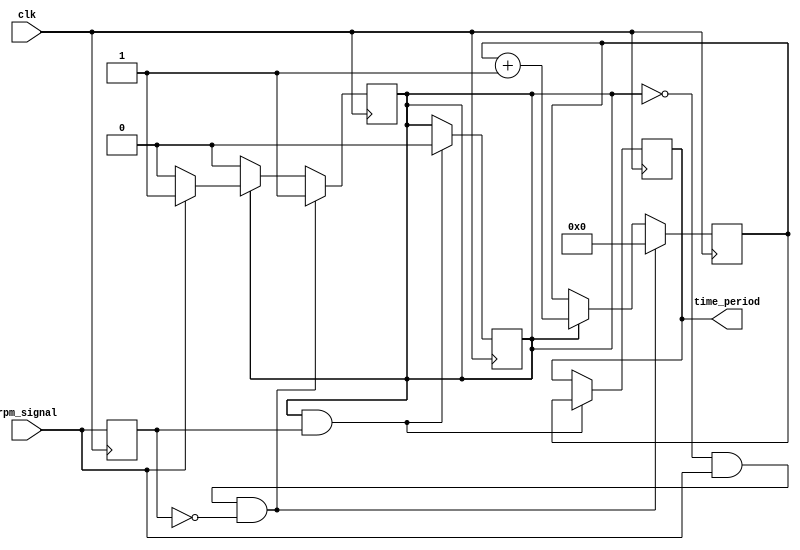
module RPM_Measurement(
    input wire clk,       
    input wire rpm_signal,
    output reg [31:0] time_period 
);
reg rpm_signal_prev;
reg counting;
reg [31:0] count;
always @(posedge clk) begin
    rpm_signal_prev <= rpm_signal;
    if (!counting && rpm_signal && !rpm_signal_prev) begin
        counting <= 1;
        count <= 0;
    end else if (counting) begin
        count <= count + 1;
        if (!rpm_signal) counting <= 0;
    end
end
always @(posedge clk) begin
    if (counting && rpm_signal_prev) begin
        counting <= 0;
        time_period <= count;
    end
end
endmodule